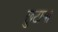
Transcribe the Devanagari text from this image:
छुटाया